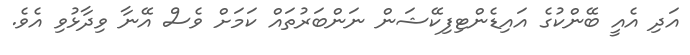
އަދި އެއީ ބޭންކުގެ އައިޑެންޓިފިކޭޝަން ނަންބަރުތައް ކަމަށް ވެސް އޭނާ ވިދާޅުވި އެވެ.